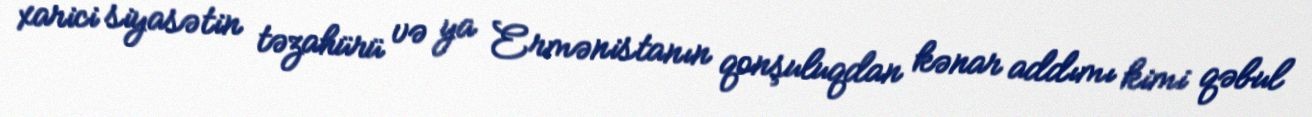
xarici siyasətin təzahürü və ya Ermənistanın qonşuluqdan kənar addımı kimi qəbul